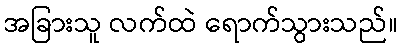
အခြားသူ လက်ထဲ ရောက်သွားသည်။